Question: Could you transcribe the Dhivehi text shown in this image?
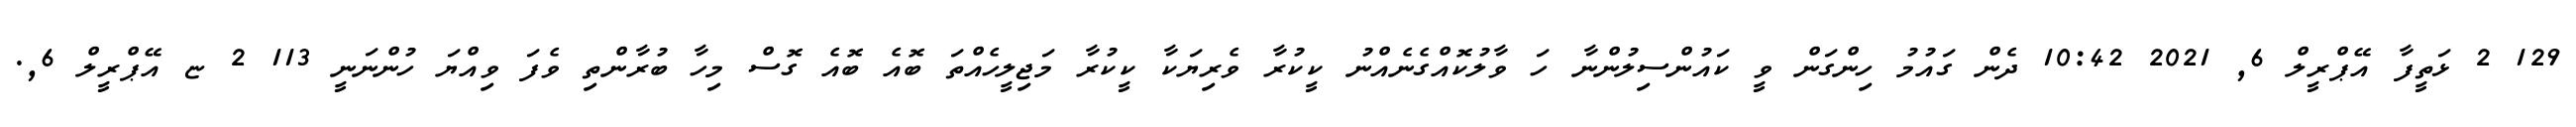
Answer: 129 2 ޅަތީފާ އޭޕްރީލް 6, 2021 10:42 ދެން ގައުމު ހިންގަން ވީ ކައުންސިލުންނާ ހަ ވާލުކޮއްގެނެއްނު ކީކުރާ ވެރިޔަކާ ކީކުރާ މަޖިލީހެއްތަ ބޮއެ ބޮއެ ގޮސް މިހާ ބުރާންތި ވެފަ ވިއްޔަ ހުންނަނީ 113 2 ޏ އޭޕްރީލް 6,.